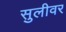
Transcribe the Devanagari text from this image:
सुलीवर